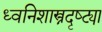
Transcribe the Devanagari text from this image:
ध्वनिशास्त्रदृष्ट्या